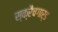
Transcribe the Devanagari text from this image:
स्क्रैचगार्ड